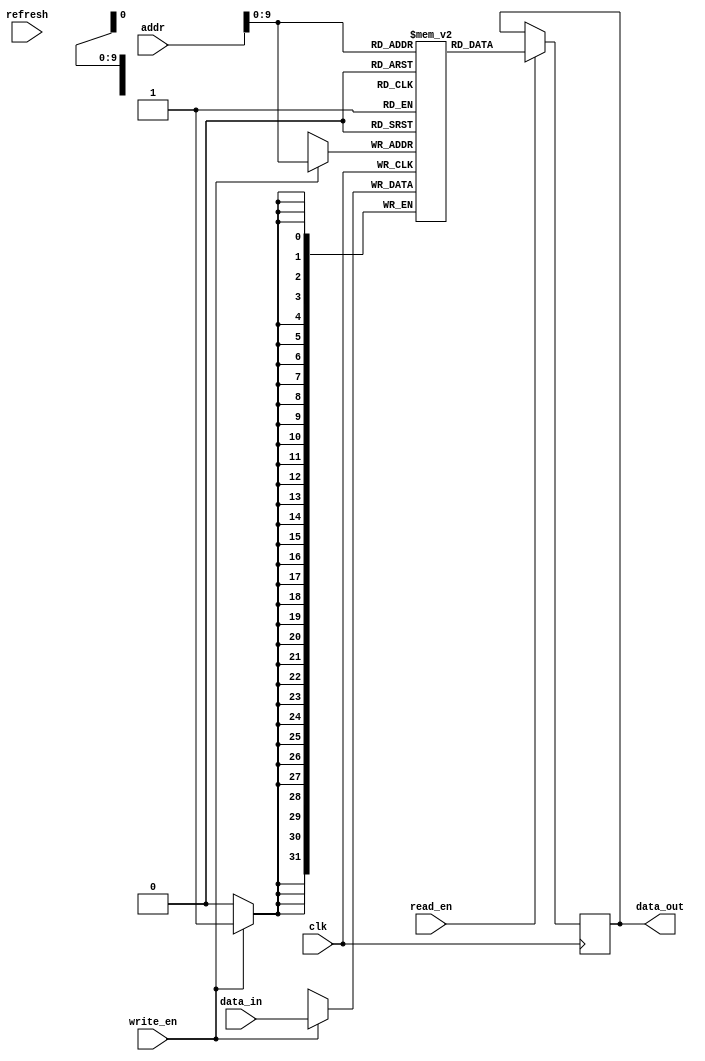
module SDRAM (
    input wire clk,
    input wire [31:0] addr,
    input wire [31:0] data_in,
    output reg [31:0] data_out,
    input wire write_en,
    input wire read_en,
    input wire refresh
);

reg [31:0] memory [0:1023]; // Assuming 1024 memory locations

always @(posedge clk) begin
    if (write_en) begin
        memory[addr] <= data_in;
    end
    if (read_en) begin
        data_out <= memory[addr];
    end
    if (refresh) begin
        // refresh logic to maintain data integrity
    end
end

endmodule